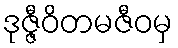
ဒုဇ္ဇီဝိတမဇီဝမှ